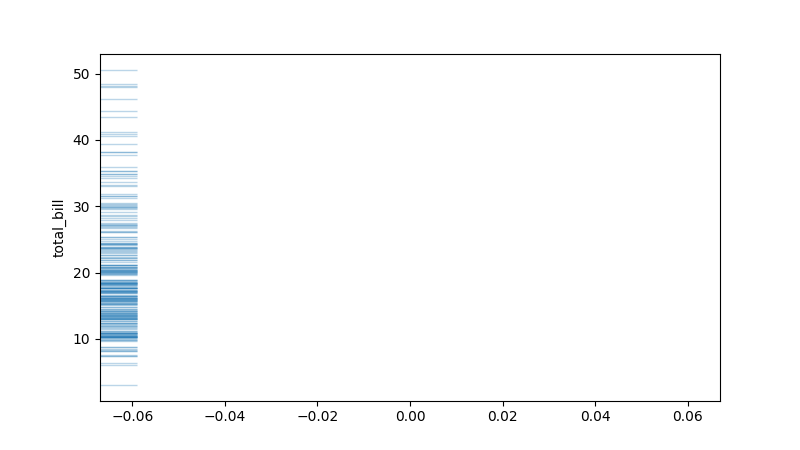
python, seaborn, rugplot, height=0.06, axis='y', alpha=0.3